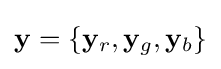
{\textstyle \mathbf {y} =\{\mathbf {y} _{r},\mathbf {y} _{g},\mathbf {y} _{b}\}}